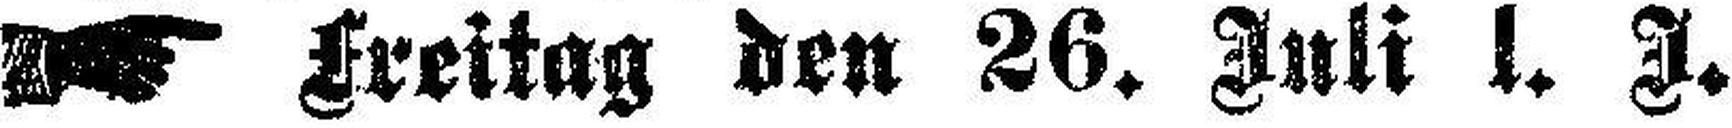
Freitag den 26. Juli l. J.